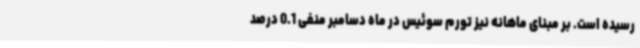
رسیده است. بر مبنای ماهانه نیز تورم سوئیس در ماه دسامبر منفی 0.1 درصد